Report on malaria in the Punjab during the year ...  together with an account of the work of the Punjab Malaria Bureau - Volume 5
Disease focus: Malaria
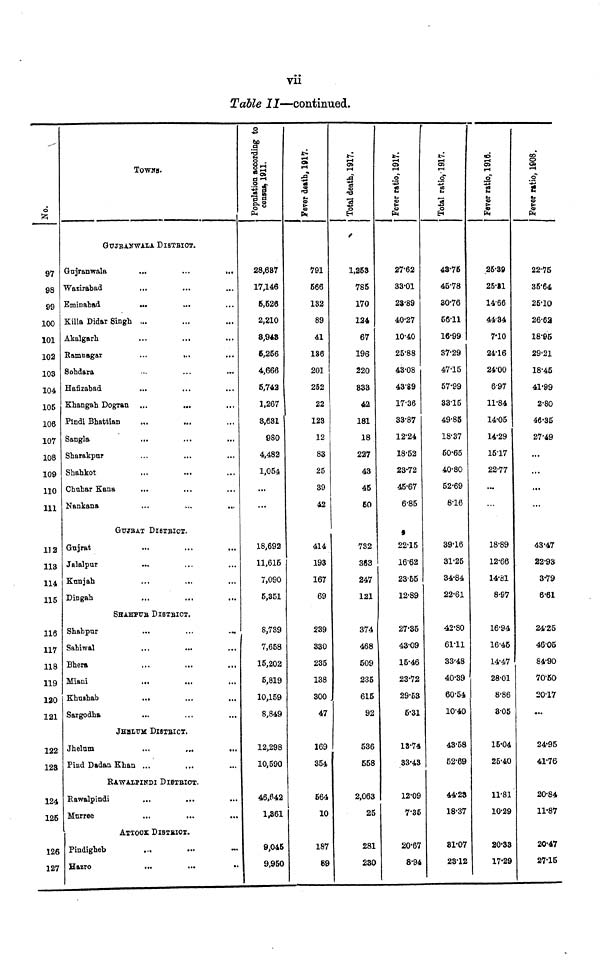
vii
Table 11—continued.
o
97
98
99
100
101
102
103
104
105
106
107
108
109
110
111
112
113
114
115
116
117
118
119
120
121
122
123
124
125
126
127
TOWNS-
GUJRANWALA DlSTRICT.
Gujranwala
...
...
...
Wazirabad
...
Eminabad
...
Killa Didar Singh ...
Akalgarh
...
...
Ramnagar
...
...
Sohdara
Hafizabad
Khangah Dogran
Plndi Bhattian
Sangla
Sharakpur
Shahkot
Chuhar Kana
Nankana
...
...
...
GUJRAT DlSTRlCT.
Gujrat
Jalalpur
Kunjab
Dingah
...
...
...
SHAHPUR DISTRICT.
Shahpur
...
...
...
Sahiwal
Bhera
Miani
...
...
Khushab
...
Sargodha
JHEILUM DISTRICT.
Jhelum
...
...
...
Pind Dadan Khan ...
RAWALPINDI DISTRICT.
Rawalpindi
...
...
Murree
...
...
...
ATTOCX DlSTRICT.
.Pindigheb
Hazro
...
...
...
28,637
17,146
5,526
2,210
3,943
5,256
4,666
5,742
1,267
3,631
980
4,482
1,054
...
...
18,692
11,615
7,090
5,351
8,739
7,658
15,202
5,819
10,159
8,849
12,298
10,590
46,642
1,361
9,045
9,950
791
566
132
89
41
186
201
252
22
123
12
83
25
39
42
414
193
167
69
239
330
235
138
300
47
169
354
564
10
187
89
1,253
785
170
124
67
196
220
833
42
181
18
227
43
45
60
732
363
247
121
374
468
509
235
615
92
536
558
2,063
25
281
230
27.62
33.01
23.89
40.27
10.40
2588
43.08
43.89
17-36
33.87
12.24
18.52
23.72
45.67
6.85
22.15
16.62
23-55
12.89
27.35
43.09
15-46
23.72
29-53
5.31
13.74
33.43
12.09
7.35
20.67
8.94
43.75
45.78
30.76
56.11
16.99
37.29
47.15
57.99
33.15
49.85
18.37
50.65
40-80
52.69
8.16
39.16
31.25
34'84
22.61
42-80
61.11
33.48
40.39
60.54
10.40
43.58
52.69
44.23
18.37
81.07
23-12
25.39
26.81
14.66
44-34
7.10
24.16
24.00
6.97
11.84
14.05
14.29
15.17
22.77
...
18.89
12.66
14.81
8.97
16.94
16.45
14.47
28.01
8.86
3.05
15.04
25.40
11.81
10.29
20.33
17.29
22.75
35.64
25.10
26.62
18.95
29.21
18.45
41.99
2.80
46.35
27.49
...
...
...
43.47
22.93
3.79
6.61
24.25
46.05
84.90
70.50
20.17
...
24.95
41.76
20.84
11.87
20.47
27.15